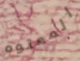
المعتوه